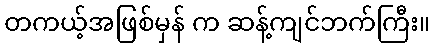
တကယ့်အဖြစ်မှန် က ဆန့်ကျင်ဘက်ကြီး။